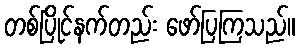
တစ်ပြိုင်နက်တည်း ဖော်ပြကြသည်။